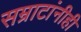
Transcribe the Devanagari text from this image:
सम्राटांनीही